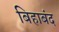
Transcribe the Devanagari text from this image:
बिहाबंद